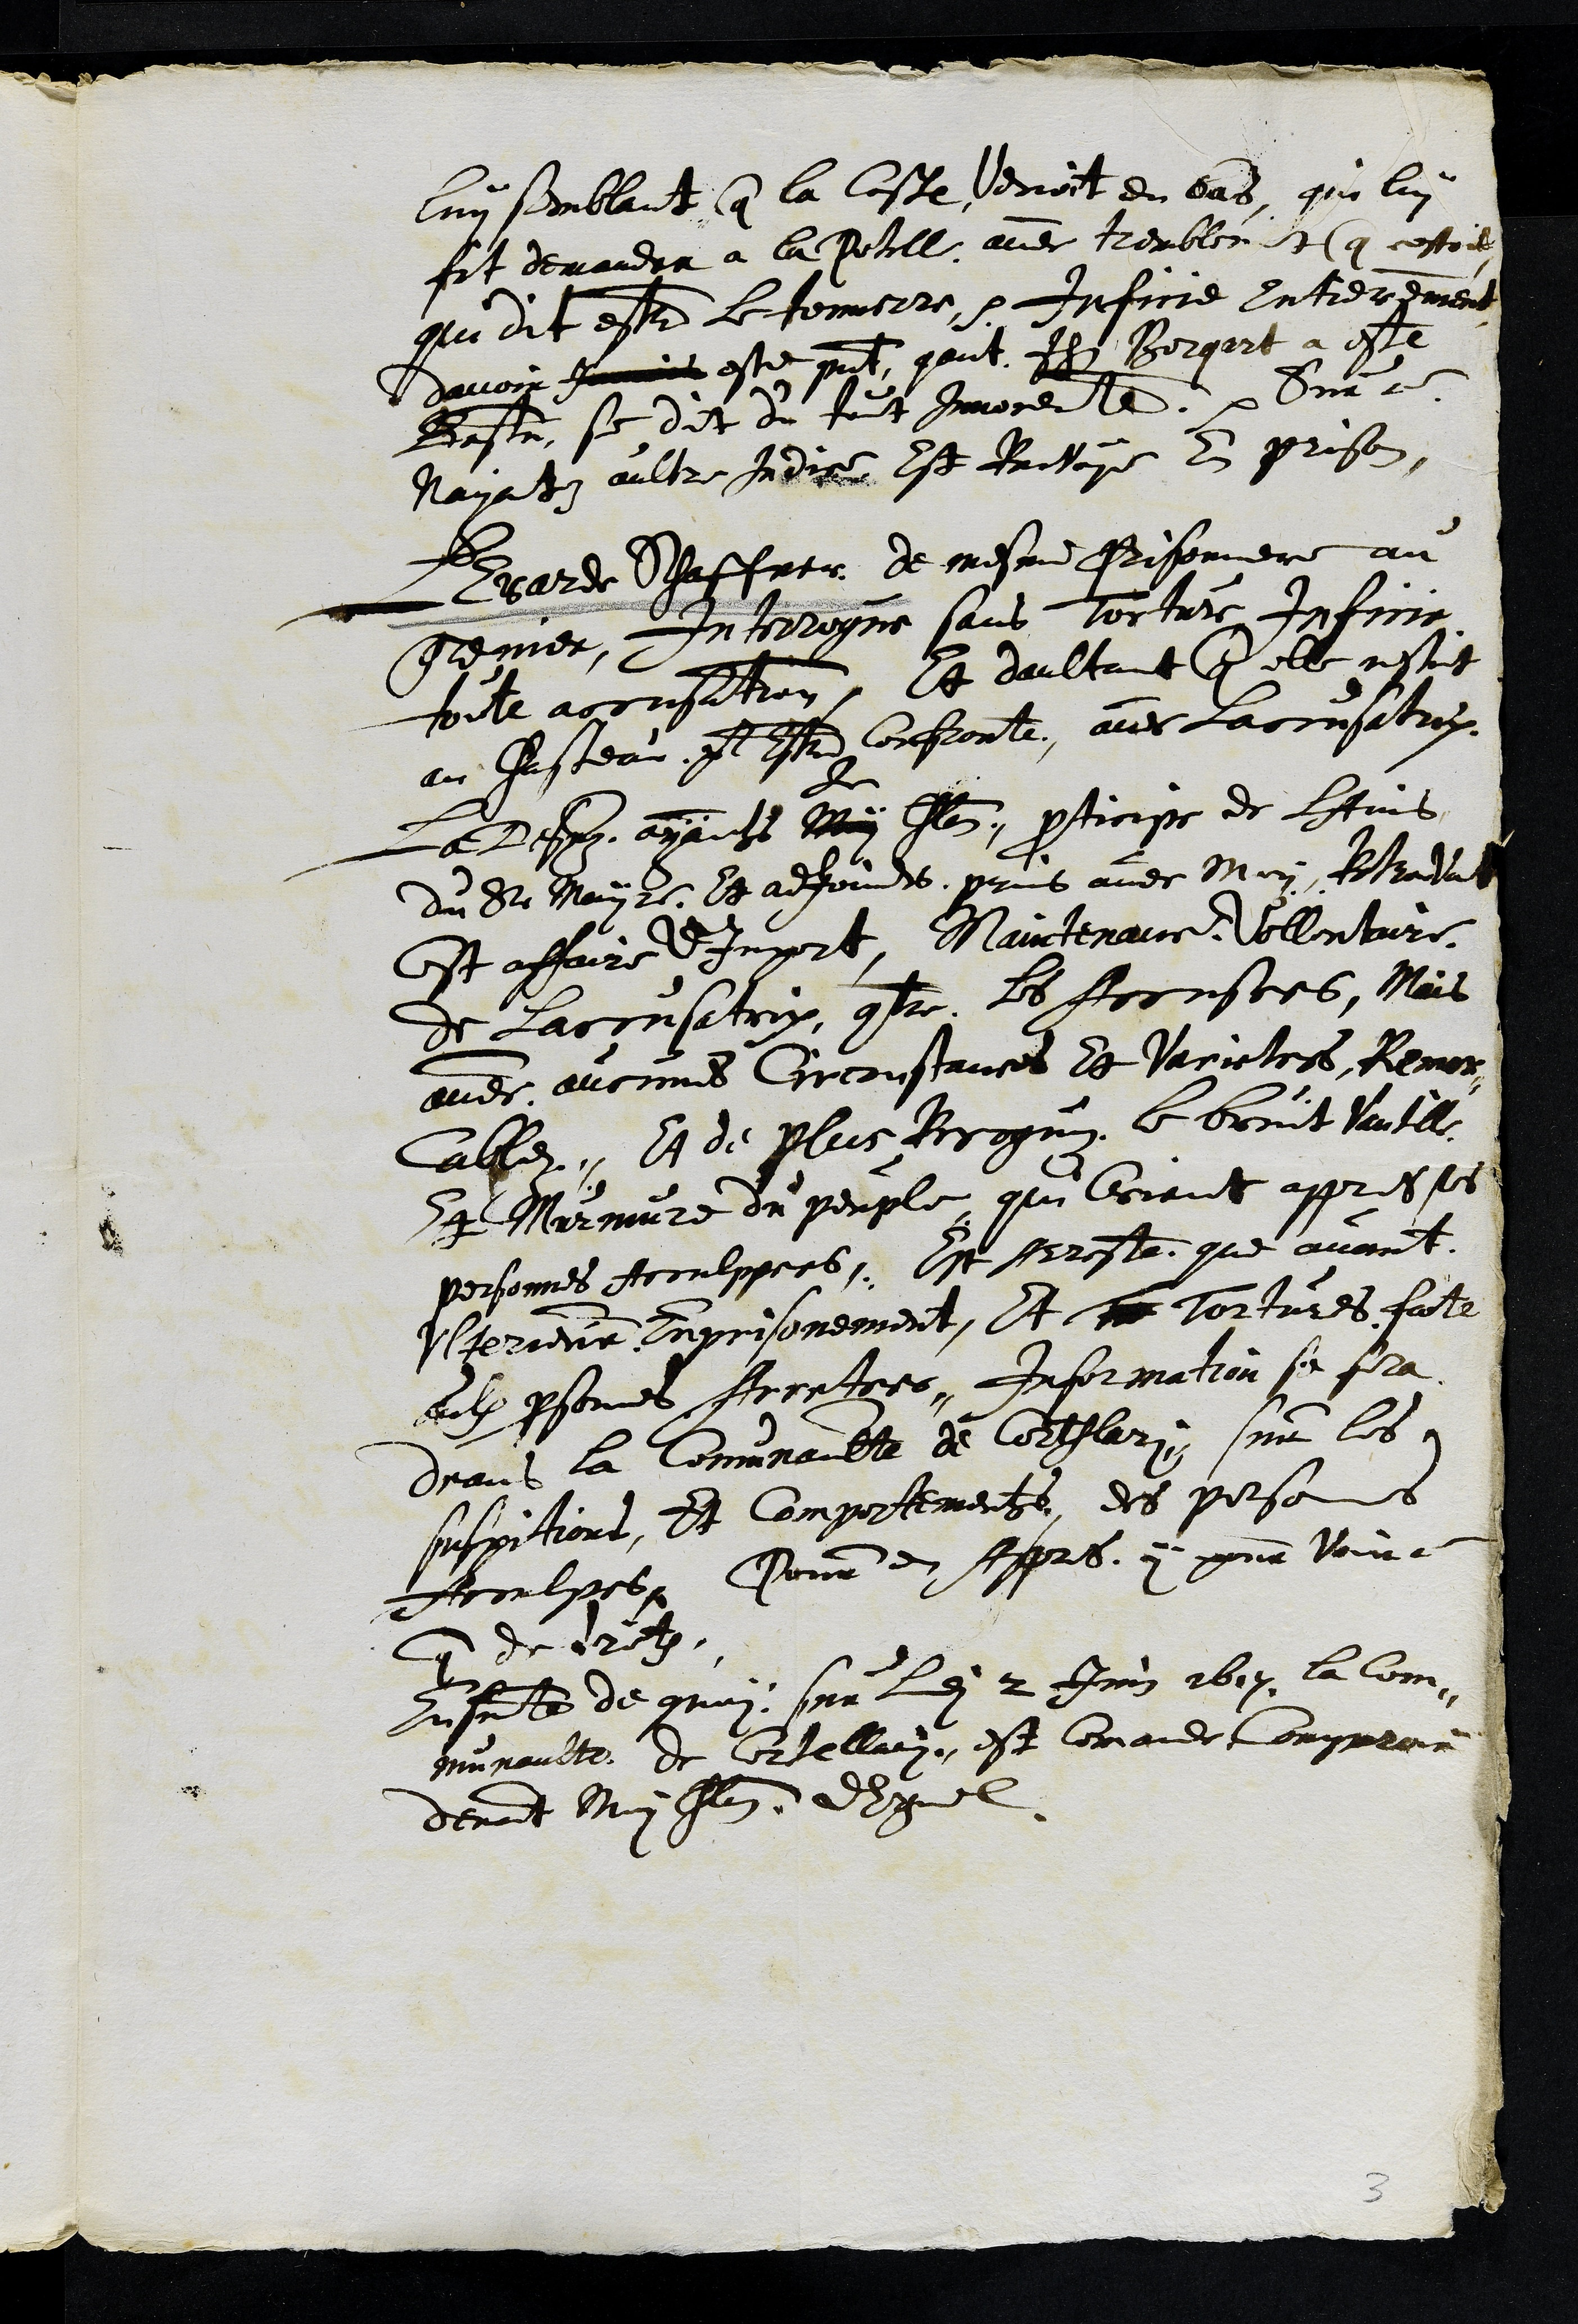
luy semblant que la ceste venroit en bas qui lui
fit demandrn à la Potille avec tremblemt que cestoit
qu dit estre le tomee par Infarme Intrerement
davoir famois esté present, qunt Ilz Borgart a este
Baste se dit du fait Invorer l  Sur c
Nayat aultre sede Est drivoye lu prison
Bearde Phaffatr de mesme Pisonniere au
genier, Interrogue sans Torture Inftinin
foile acruisition, et daultant e elle nestoit
au Casteau Al Trd Confronte, avec lacrnsatioz
La Lsz ayande My
etr
Ilun prticipe de luns
du Du Mais l. Lt adfoi6 prus avec May, Astralat
Eset affaire 'Imprt, Maintenauce Vollenture
de Laccnsatix, quer Le focnstes, Mais
aves oucris Circonstances de Varictes, Remon
Cathei, Et de plus Beragmn le berit Vutll
St Marmure ou pemple qui bourut appresse
pertonnes Acoulppres. Et peroste que avant
Vterientr Eprisonement, Et ne sortures fate
eulx ersomes Arcrtoss. Information se fila
drans la Commnoibte de Coari, sur les
suspitions, Et competements, des pocses
troulseli jour di Apprs. y pur vourt
ue de124.
Jusrte de quoy sur lei 2 Jinn 1617, la Con
innnoulte de Crtellay, est mmande Compeeoir
devant uuy Ilom ddsquel
3